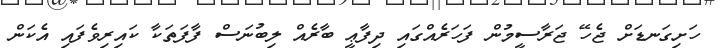
ހަށިގަނޑަށް ޖެހޭ ޖަރާސީމުން ފަހަރެއްގައި ދިފާޢީ ބާރެއް ލިބުނަސް ފާފަތަކާ ކައިރިވެފައި އެކަން